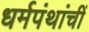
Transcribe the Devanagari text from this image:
धर्मपंथांचीं